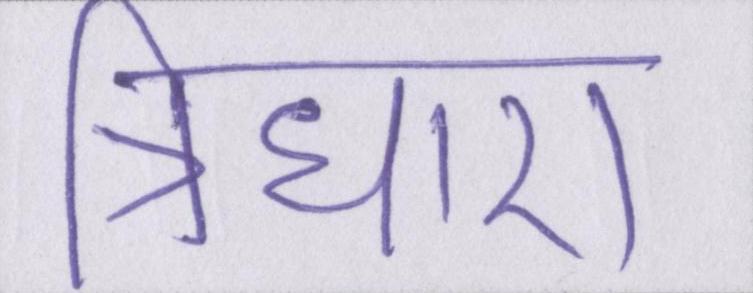
त्रिधारा